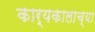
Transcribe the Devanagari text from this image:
कार्यकालाच्या